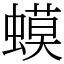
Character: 蟆